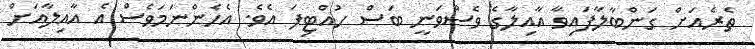
ތެރެއަށް ގަންބާލާފައިވާ އާއިލާގެ ވެސްވަނީ ބަސް ހުއްޓިފަ އެވެ. އެހެންނަމަވެސް އެ އާއިލާއަށް